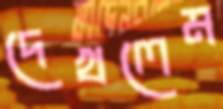
দেখলেম